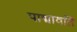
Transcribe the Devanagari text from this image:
पाद्मावति